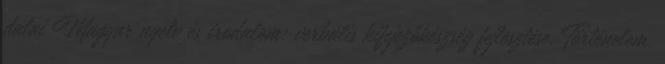
dalai Magyar nyelv és irodalom: verbális kifejezőkészség fejlesztése. Történelem,